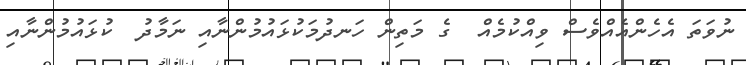
ނުވަތަ އެހެންއެއްވެސް ވިއްކުމެއް  ގެ މަތިން ހަނދުމަކުޅައުމުންނާއި ނަމާދު  ކުޅައުމުންނާއި